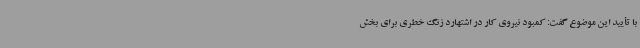
با تأیید این موضوع گفت: کمبود نیروی کار در اشتهارد زنگ خطری برای بخش